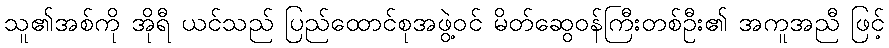
သူ၏အစ်ကို အိုရီ ယင်သည် ပြည်ထောင်စုအဖွဲ့ဝင် မိတ်ဆွေဝန်ကြီးတစ်ဦး၏ အကူအညီ ဖြင့်